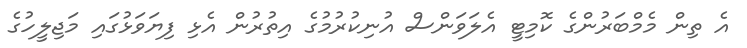
އެ ތިން މެމްބަރުންގެ ކޮމިޓީ އެލަވަންސް އުނިކުރުމުގެ އިތުރުން އެޅި ފިޔަވަޅުގައި މަޖިލީހުގެ